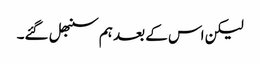
لیکن اس کے بعد ہم سنبھل گئے۔